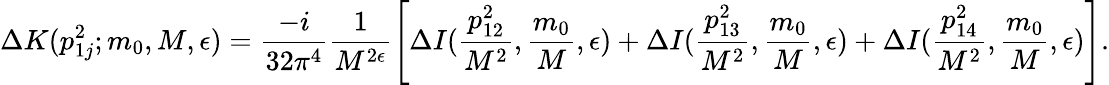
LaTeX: \Delta K(p_{1j}^{2};m_{0},M,\epsilon)=\frac{-i}{32\pi^{4}}\frac{1}{M^{2\epsilon}}\left[\Delta I(\frac{p_{12}^{2}}{M^{2}},\frac{m_{0}}{M},\epsilon)+\Delta I(\frac{p_{13}^{2}}{M^{2}},\frac{m_{0}}{M},\epsilon)+\Delta I(\frac{p_{14}^{2}}{M^{2}},\frac{m_{0}}{M},\epsilon)\right].